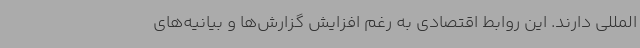
المللی دارند. این روابط اقتصادی به رغم افزایش گزارش‌ها و بیانیه‌های